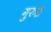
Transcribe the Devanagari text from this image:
गुरुङ्ग